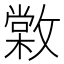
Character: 𢿵